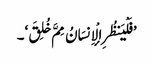
’فَلْیَنظُرِ الْإِنسَانُ مِمَّ خُلِقَ‘۔